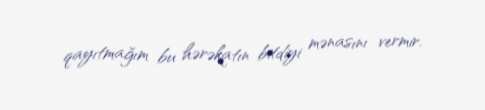
qayıtmağım bu hərəkatın bitdiyi mənasını vermir.